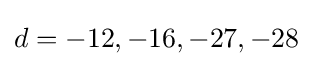
d=-12,-16,-27,-28